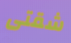
شقتى